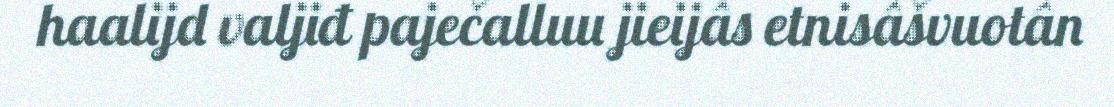
haalijd valjiđ paječalluu jieijâs etnisâšvuotân